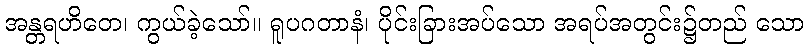
အန္တရဟိတေ၊ ကွယ်ခဲ့သော်။ ရူပဂတာနံ၊ ပိုင်းခြားအပ်သော အရပ်အတွင်း၌တည် သော